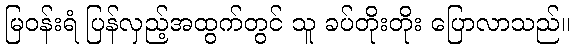
မြဝန်းရံ ပြန်လှည့်အထွက်တွင် သူ ခပ်တိုးတိုး ပြောလာသည်။